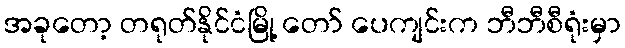
အခုတော့ တရုတ်နိုင်ငံမြို့ တော် ပေကျင်းက ဘီဘီစီရုံးမှာ